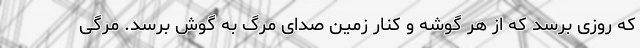
که روزی برسد که از هر گوشه و کنار زمین صدای مرگ به گوش برسد. مرگی